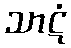
သာဋံ